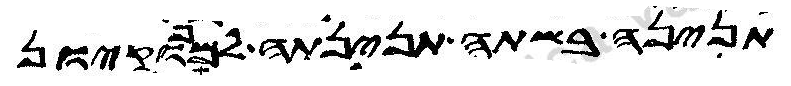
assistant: תנינה בשתה תנינתה למפוקיון